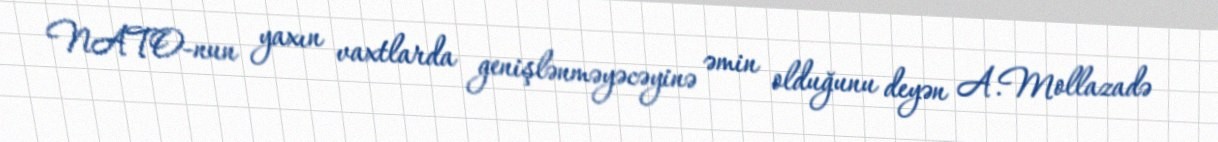
NATO-nun yaxın vaxtlarda genişlənməyəcəyinə əmin olduğunu deyən A.Mollazadə